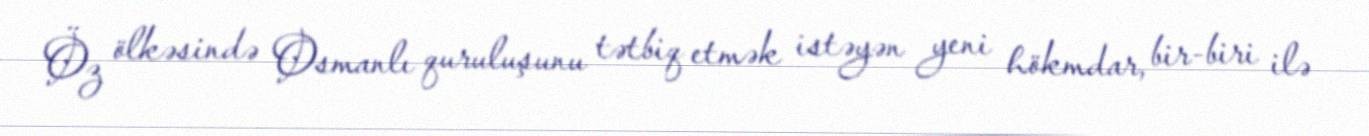
Öz ölkəsində Osmanlı quruluşunu tətbiq etmək istəyən yeni hökmdar, bir-biri ilə